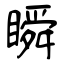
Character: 瞬